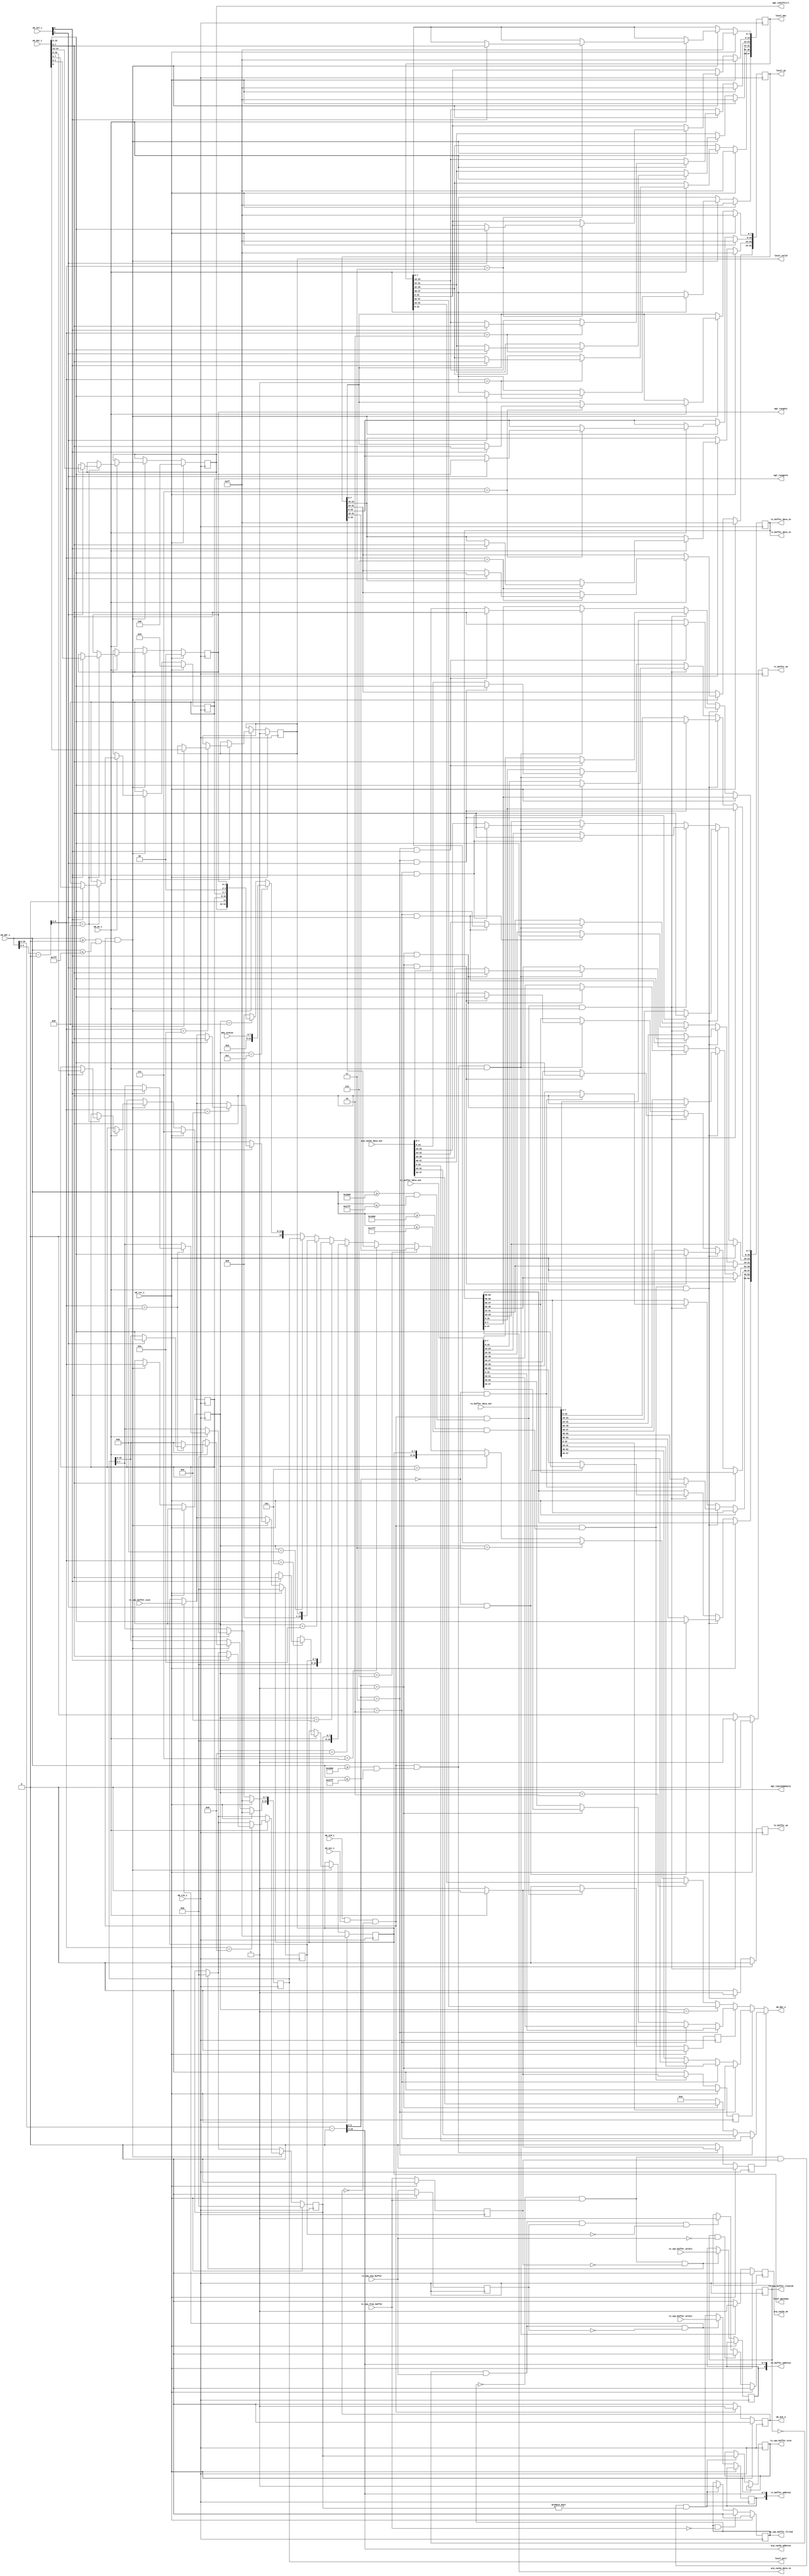
`define TGE_REGISTERS_OFFSET   32'h0
`define TGE_REGISTERS_HIGH     32'h7FF
`define TGE_TX_BUFFER_OFFSET   32'h1000
`define TGE_TX_BUFFER_HIGH     32'h17FF
`define TGE_RX_BUFFER_OFFSET   32'h2000
`define TGE_RX_BUFFER_HIGH     32'h27FF
`define TGE_ARP_CACHE_OFFSET   32'h3000
`define TGE_ARP_CACHE_HIGH     32'h37FF

/* the first MAC half word is unused for compatibility */
`define TGE_REG_LOCAL_MAC_2    4'd1
`define TGE_REG_LOCAL_MAC_1    4'd2
`define TGE_REG_LOCAL_MAC_0    4'd3
/* the first GATEWAY half word is unused for compatibility */
`define TGE_REG_LOCAL_GATEWAY  4'd5
`define TGE_REG_LOCAL_IPADDR_1 4'd6
`define TGE_REG_LOCAL_IPADDR_0 4'd7
`define TGE_REG_CPU_TXSIZE     4'd8
`define TGE_REG_CPU_RXSIZE     4'd9
`define TGE_REG_LOCAL_VALID    4'd10
`define TGE_REG_LOCAL_UDP_PORT 4'd11
`define TGE_REG_XAUI_STATUS    4'd12
`define TGE_REG_MGT_CONFIG     4'd13

module wb_attach(
    wb_clk_i, wb_rst_i,
    wb_cyc_i, wb_stb_i, wb_we_i, wb_sel_i,
    wb_adr_i, wb_dat_i, wb_dat_o,
    wb_ack_o,
    //local configurtaion bits
    local_mac, local_ip, local_gateway, local_port, local_valid,
    //xaui status
    phy_status,
    //mgt config
    mgt_rxeqmix, mgt_rxeqpole, mgt_txpreemphasis, mgt_txdiffctrl,
    //tx_buffer bits
    tx_buffer_data_in, tx_buffer_address, tx_buffer_we, tx_buffer_data_out,
    tx_cpu_buffer_size, tx_cpu_free_buffer, tx_cpu_buffer_filled, tx_cpu_buffer_select,
    //rx_buffer bits
    rx_buffer_data_in, rx_buffer_address, rx_buffer_we, rx_buffer_data_out, 
    rx_cpu_buffer_size, rx_cpu_new_buffer, rx_cpu_buffer_cleared, rx_cpu_buffer_select,
    //ARP Cache
    arp_cache_data_in, arp_cache_address, arp_cache_we, arp_cache_data_out
  );
  parameter DEFAULT_FABRIC_MAC     = 48'hffff_ffff_ffff;
  parameter DEFAULT_FABRIC_IP      = {8'd255, 8'd255, 8'd255, 8'd255};
  parameter DEFAULT_FABRIC_GATEWAY = 8'hff;
  parameter DEFAULT_FABRIC_PORT    = 16'hffff;
  parameter FABRIC_RUN_ON_STARTUP  = 1;

  input  wb_clk_i, wb_rst_i;
  input  wb_cyc_i, wb_stb_i, wb_we_i;
  input   [1:0] wb_sel_i;
  input  [31:0] wb_adr_i;
  input  [15:0] wb_dat_i;
  output [15:0] wb_dat_o;
  output wb_ack_o;
  //local configurtaion bits
  output [47:0] local_mac;
  output [31:0] local_ip;
  output  [7:0] local_gateway;
  output [15:0] local_port;
  output local_valid;
  //tx_buffer bits
  output [63:0] tx_buffer_data_in;
  output  [8:0] tx_buffer_address;
  output tx_buffer_we;
  input  [63:0] tx_buffer_data_out;
  output  [7:0] tx_cpu_buffer_size;
  input  tx_cpu_free_buffer;
  output tx_cpu_buffer_filled;
  input  tx_cpu_buffer_select;
  //rx_buffer bits
  output [63:0] rx_buffer_data_in;
  output  [8:0] rx_buffer_address;
  output rx_buffer_we;
  input  [63:0] rx_buffer_data_out;
  input   [7:0] rx_cpu_buffer_size;
  input  rx_cpu_new_buffer;
  output rx_cpu_buffer_cleared;
  input  rx_cpu_buffer_select;
  //ARP Cache
  output [47:0] arp_cache_data_in;
  output  [7:0] arp_cache_address;
  output arp_cache_we;
  input  [47:0] arp_cache_data_out;
  //xaui status
  input   [7:0] phy_status;
    //mgt config
  output  [1:0] mgt_rxeqmix;
  output  [3:0] mgt_rxeqpole;
  output  [2:0] mgt_txpreemphasis;
  output  [2:0] mgt_txdiffctrl;

  /* Registers */
  /* Wishbone registers */
  reg wb_ack_o;
  reg [3:0] wb_dat_o_src;

  /* register accessed via the WB i/f */
  reg [47:0] local_mac;
  reg [31:0] local_ip;
  reg  [7:0] local_gateway;
  reg [15:0] local_port;
  reg local_valid;
  reg  [1:0] mgt_rxeqmix;
  reg  [3:0] mgt_rxeqpole;
  reg  [2:0] mgt_txpreemphasis;
  reg  [2:0] mgt_txdiffctrl;

  /* register relating to tx and rx buffers */
  reg rx_cpu_buffer_cleared, rx_cpu_buffer_select_int;
  reg tx_cpu_buffer_filled, tx_cpu_buffer_select_int;
  reg [7:0] tx_size;
  reg [7:0] rx_size;
  reg [7:0] tx_cpu_buffer_size;
  reg tx_cpu_free_buffer_R, rx_cpu_new_buffer_R;

  /* select which output source to use for wishbone */
  reg use_arp_data, use_tx_data, use_rx_data;

  wire wb_trans = wb_stb_i & wb_cyc_i & ~wb_ack_o;

  /* Decode + translate input addresses */
  wire arp_cache_selected = wb_trans && (wb_adr_i >= (`TGE_ARP_CACHE_OFFSET) && wb_adr_i <= (`TGE_ARP_CACHE_HIGH)); 
  wire rx_buffer_selected = wb_trans && (wb_adr_i >= (`TGE_RX_BUFFER_OFFSET) && wb_adr_i <= (`TGE_RX_BUFFER_HIGH)); 
  wire tx_buffer_selected = wb_trans && (wb_adr_i >= (`TGE_TX_BUFFER_OFFSET) && wb_adr_i <= (`TGE_TX_BUFFER_HIGH)); 
  wire registers_selected = wb_trans && (wb_adr_i >= (`TGE_REGISTERS_OFFSET) && wb_adr_i <= (`TGE_REGISTERS_HIGH)); 

  wire [31:0] arp_cache_addr = wb_adr_i - (`TGE_ARP_CACHE_OFFSET);
  wire [31:0] rx_buffer_addr = wb_adr_i - (`TGE_RX_BUFFER_OFFSET);
  wire [31:0] tx_buffer_addr = wb_adr_i - (`TGE_TX_BUFFER_OFFSET);
  wire [31:0] registers_addr = wb_adr_i - (`TGE_REGISTERS_OFFSET);


  always @(posedge wb_clk_i) begin
    //strobes
    wb_ack_o <= 1'b0;
    use_arp_data <= 1'b0;
    use_tx_data  <= 1'b0;
    use_rx_data  <= 1'b0;

    if (wb_rst_i) begin
      tx_size <= 8'b0;
      rx_size <= 8'b0;
      rx_cpu_buffer_cleared <= 1'b0;
      tx_cpu_buffer_filled  <= 1'b0;
      tx_cpu_free_buffer_R <= 1'b0;
      rx_cpu_new_buffer_R  <= 1'b0;

      local_mac      <= DEFAULT_FABRIC_MAC;
      local_ip       <= DEFAULT_FABRIC_IP;
      local_gateway  <= DEFAULT_FABRIC_GATEWAY;
      local_port     <= DEFAULT_FABRIC_PORT;
      local_valid    <= FABRIC_RUN_ON_STARTUP;

      /* Sensible defaults for mgt config */
      mgt_rxeqmix        <= 2'b0;
      mgt_rxeqpole       <= 4'b0;
      mgt_txpreemphasis  <= 3'b111;
      mgt_txdiffctrl     <= 3'b100;
    end else begin
      tx_cpu_free_buffer_R <= tx_cpu_free_buffer;
      rx_cpu_new_buffer_R  <= rx_cpu_new_buffer;

      if (wb_trans)
        wb_ack_o<=1'b1;

      // RX Buffer control handshake
      if (!rx_cpu_buffer_cleared  && rx_cpu_new_buffer && !rx_cpu_new_buffer_R) begin
        rx_size <= rx_cpu_buffer_size;
        rx_cpu_buffer_select_int <= rx_cpu_buffer_select;
      end
      if (!rx_cpu_buffer_cleared && rx_cpu_new_buffer && rx_cpu_new_buffer_R && rx_size == 8'h00) begin
        rx_cpu_buffer_cleared <= 1'b1;
      end
      if (rx_cpu_buffer_cleared && !rx_cpu_new_buffer) begin
        rx_cpu_buffer_cleared <= 1'b0;
      end

      // TX Buffer control handshake
      if (!tx_cpu_buffer_filled && tx_cpu_free_buffer && !tx_cpu_free_buffer_R) begin
        tx_size <= 8'h00;
        tx_cpu_buffer_select_int <= tx_cpu_buffer_select;
      end
      if (!tx_cpu_buffer_filled && tx_cpu_free_buffer && tx_cpu_free_buffer_R && tx_size != 8'h0) begin
        tx_cpu_buffer_filled <= 1'b1;
        tx_cpu_buffer_size <= tx_size;
      end
      if (tx_cpu_buffer_filled && !tx_cpu_free_buffer) begin
        tx_cpu_buffer_filled <= 1'b0;
      end

  /* most of the work is done in the next always block in coverting 16 bit to 64 bit buffer
   * transactions */
      // ARP Cache
      if (arp_cache_selected) begin 
        if (wb_we_i) begin
        end else begin
          use_arp_data <= 1'b1;
        end
      end

      // RX Buffer 
      if (rx_buffer_selected) begin
        if (wb_we_i) begin
        end else begin
          use_rx_data <= 1'b1;
        end
      end

      // TX Buffer 
      if (tx_buffer_selected) begin
        if (wb_we_i) begin
        end else begin
          use_tx_data <= 1'b1;
        end
      end

      // registers
      if (registers_selected) begin
        wb_dat_o_src <= registers_addr[4:1];
        if (wb_we_i) begin
          case (registers_addr[4:1])
            `TGE_REG_LOCAL_MAC_2: begin
              if (wb_sel_i[0])
                local_mac[39:32] <= wb_dat_i[7:0];
              if (wb_sel_i[1])
                local_mac[47:40] <= wb_dat_i[15:8];
            end
            `TGE_REG_LOCAL_MAC_1: begin
              if (wb_sel_i[0])
                local_mac[23:16] <= wb_dat_i[7:0];
              if (wb_sel_i[1])
                local_mac[31:24] <= wb_dat_i[15:8];
            end
            `TGE_REG_LOCAL_MAC_0: begin
              if (wb_sel_i[0])
                local_mac[7:0]   <= wb_dat_i[7:0];
              if (wb_sel_i[1])
                local_mac[15:8]  <= wb_dat_i[15:8];
            end
            `TGE_REG_LOCAL_GATEWAY: begin
              if (wb_sel_i[0])
                local_gateway[7:0] <= wb_dat_i[7:0];
            end
            `TGE_REG_LOCAL_IPADDR_1: begin
              if (wb_sel_i[0])
                local_ip[23:16] <= wb_dat_i[7:0];
              if (wb_sel_i[1])
                local_ip[31:24] <= wb_dat_i[15:8];
            end
            `TGE_REG_LOCAL_IPADDR_0: begin
              if (wb_sel_i[0])
                local_ip[7:0]   <= wb_dat_i[7:0];
              if (wb_sel_i[1])
                local_ip[15:8]  <= wb_dat_i[15:8];
            end
            `TGE_REG_CPU_TXSIZE: begin
              if (wb_sel_i[0])
                tx_size <= wb_dat_i[7:0];
            end
            `TGE_REG_CPU_RXSIZE: begin
              if (wb_sel_i[0])
                rx_size <= wb_dat_i[7:0];
            end
            `TGE_REG_LOCAL_VALID: begin
              if (wb_sel_i[0])
                local_valid <= wb_dat_i[0];
            end
            `TGE_REG_LOCAL_UDP_PORT: begin
              if (wb_sel_i[0])
                local_port[7:0]   <= wb_dat_i[7:0];
              if (wb_sel_i[1])
                local_port[15:8]  <= wb_dat_i[15:8];
            end
            `TGE_REG_XAUI_STATUS: begin
            end
            `TGE_REG_MGT_CONFIG: begin
              if (wb_sel_i[0]) begin
                mgt_rxeqmix   <= wb_dat_i[1:0];
                mgt_rxeqpole  <= wb_dat_i[7:4];
              end 
              if (wb_sel_i[1]) begin
                mgt_txpreemphasis  <= wb_dat_i[10:8];
                mgt_txdiffctrl     <= wb_dat_i[14:12];
              end
            end
            default: begin
            end
          endcase
        end
      end
    end
  end

  reg arp_cache_we, rx_buffer_we, tx_buffer_we;

  reg [63:0] write_data; //write data for all three buffers

  always @(posedge wb_clk_i) begin
    //strobes
    arp_cache_we <= 1'b0;
    rx_buffer_we <= 1'b0;
    tx_buffer_we <= 1'b0;
    if (wb_rst_i) begin
    end else begin
      //populate write_data according to wishbone transaction info & contents
      //of memory
      if (arp_cache_selected & wb_we_i) begin
        arp_cache_we <= 1'b1;

        write_data[7:0]   <= arp_cache_addr[2:1] == 2'b11 & wb_sel_i[0] ? wb_dat_i[7:0]  : arp_cache_data_out[7:0]; 
        write_data[15:8]  <= arp_cache_addr[2:1] == 2'b11 & wb_sel_i[1] ? wb_dat_i[15:8] : arp_cache_data_out[15:8]; 
        write_data[23:16] <= arp_cache_addr[2:1] == 2'b10 & wb_sel_i[0] ? wb_dat_i[7:0]  : arp_cache_data_out[23:16]; 
        write_data[31:24] <= arp_cache_addr[2:1] == 2'b10 & wb_sel_i[1] ? wb_dat_i[15:8] : arp_cache_data_out[31:24]; 
        write_data[39:32] <= arp_cache_addr[2:1] == 2'b01 & wb_sel_i[0] ? wb_dat_i[7:0]  : arp_cache_data_out[39:32]; 
        write_data[47:40] <= arp_cache_addr[2:1] == 2'b01 & wb_sel_i[1] ? wb_dat_i[15:8] : arp_cache_data_out[47:40]; 
      end
      if (rx_buffer_selected & wb_we_i) begin
        rx_buffer_we <= 1'b1;

        write_data[7:0]   <= rx_buffer_addr[2:1] == 2'b11 & wb_sel_i[0] ? wb_dat_i[7:0]  : rx_buffer_data_out[7:0]; 
        write_data[15:8]  <= rx_buffer_addr[2:1] == 2'b11 & wb_sel_i[1] ? wb_dat_i[15:8] : rx_buffer_data_out[15:8]; 
        write_data[23:16] <= rx_buffer_addr[2:1] == 2'b10 & wb_sel_i[0] ? wb_dat_i[7:0]  : rx_buffer_data_out[23:16]; 
        write_data[31:24] <= rx_buffer_addr[2:1] == 2'b10 & wb_sel_i[1] ? wb_dat_i[15:8] : rx_buffer_data_out[31:24]; 
        write_data[39:32] <= rx_buffer_addr[2:1] == 2'b01 & wb_sel_i[0] ? wb_dat_i[7:0]  : rx_buffer_data_out[39:32]; 
        write_data[47:40] <= rx_buffer_addr[2:1] == 2'b01 & wb_sel_i[1] ? wb_dat_i[15:8] : rx_buffer_data_out[47:40]; 
        write_data[55:48] <= rx_buffer_addr[2:1] == 2'b00 & wb_sel_i[0] ? wb_dat_i[7:0]  : rx_buffer_data_out[55:48]; 
        write_data[63:56] <= rx_buffer_addr[2:1] == 2'b00 & wb_sel_i[1] ? wb_dat_i[15:8] : rx_buffer_data_out[63:56]; 
      end
      if (tx_buffer_selected & wb_we_i) begin
        tx_buffer_we <= 1'b1;

        write_data[7:0]   <= tx_buffer_addr[2:1] == 2'b11 & wb_sel_i[0] ? wb_dat_i[7:0]  : tx_buffer_data_out[7:0]; 
        write_data[15:8]  <= tx_buffer_addr[2:1] == 2'b11 & wb_sel_i[1] ? wb_dat_i[15:8] : tx_buffer_data_out[15:8]; 
        write_data[23:16] <= tx_buffer_addr[2:1] == 2'b10 & wb_sel_i[0] ? wb_dat_i[7:0]  : tx_buffer_data_out[23:16]; 
        write_data[31:24] <= tx_buffer_addr[2:1] == 2'b10 & wb_sel_i[1] ? wb_dat_i[15:8] : tx_buffer_data_out[31:24]; 
        write_data[39:32] <= tx_buffer_addr[2:1] == 2'b01 & wb_sel_i[0] ? wb_dat_i[7:0]  : tx_buffer_data_out[39:32]; 
        write_data[47:40] <= tx_buffer_addr[2:1] == 2'b01 & wb_sel_i[1] ? wb_dat_i[15:8] : tx_buffer_data_out[47:40]; 
        write_data[55:48] <= tx_buffer_addr[2:1] == 2'b00 & wb_sel_i[0] ? wb_dat_i[7:0]  : tx_buffer_data_out[55:48]; 
        write_data[63:56] <= tx_buffer_addr[2:1] == 2'b00 & wb_sel_i[1] ? wb_dat_i[15:8] : tx_buffer_data_out[63:56]; 
      end
    end
  end

  assign arp_cache_address = arp_cache_addr[10:3];

  assign rx_buffer_address = {rx_cpu_buffer_select_int, rx_buffer_addr[10:3]};
  assign tx_buffer_address = {tx_cpu_buffer_select_int, tx_buffer_addr[10:3]};

  assign arp_cache_data_in = write_data[47:0];
  assign rx_buffer_data_in = write_data;
  assign tx_buffer_data_in = write_data;

// select what data to put on the bus

  wire [15:0] arp_data_int = arp_cache_addr[2:1] == 2'b11 ? arp_cache_data_out[15:0]  :
                             arp_cache_addr[2:1] == 2'b10 ? arp_cache_data_out[31:16] :
                             arp_cache_addr[2:1] == 2'b01 ? arp_cache_data_out[47:32] :
                                                            16'b0;

  wire [15:0] tx_data_int = tx_buffer_addr[2:1] == 2'b11 ? tx_buffer_data_out[15:0]  :
                            tx_buffer_addr[2:1] == 2'b10 ? tx_buffer_data_out[31:16] :
                            tx_buffer_addr[2:1] == 2'b01 ? tx_buffer_data_out[47:32] :
                                                           tx_buffer_data_out[63:48];

  wire [15:0] rx_data_int = rx_buffer_addr[2:1] == 2'b11 ? rx_buffer_data_out[15:0]  :
                            rx_buffer_addr[2:1] == 2'b10 ? rx_buffer_data_out[31:16] :
                            rx_buffer_addr[2:1] == 2'b01 ? rx_buffer_data_out[47:32] :
                                                           rx_buffer_data_out[63:48];

  wire [15:0] wb_data_int = wb_dat_o_src == `TGE_REG_LOCAL_MAC_2    ? local_mac[47:32]      :
                            wb_dat_o_src == `TGE_REG_LOCAL_MAC_1    ? local_mac[31:16]      :
                            wb_dat_o_src == `TGE_REG_LOCAL_MAC_0    ? local_mac[15:0]       :
                            wb_dat_o_src == `TGE_REG_LOCAL_GATEWAY  ? {8'b0, local_gateway} :
                            wb_dat_o_src == `TGE_REG_LOCAL_IPADDR_1 ? local_ip[31:16]       :
                            wb_dat_o_src == `TGE_REG_LOCAL_IPADDR_0 ? local_ip[15:0]        :
                            wb_dat_o_src == `TGE_REG_CPU_TXSIZE     ? {8'b0, tx_size}       :
                            wb_dat_o_src == `TGE_REG_CPU_RXSIZE     ? {8'b0, rx_size}       :
                            wb_dat_o_src == `TGE_REG_LOCAL_VALID    ? {15'b0, local_valid}  :
                            wb_dat_o_src == `TGE_REG_LOCAL_UDP_PORT ? local_port            :
                            wb_dat_o_src == `TGE_REG_XAUI_STATUS    ? {8'b0, phy_status}    :
                            wb_dat_o_src == `TGE_REG_MGT_CONFIG     ? {1'b0, mgt_txdiffctrl, 1'b0, mgt_txpreemphasis,
                                                                               mgt_rxeqpole, 2'b0, mgt_rxeqmix}    :
                                                                      16'b0;

  assign wb_dat_o = use_arp_data ? arp_data_int :
                    use_tx_data  ? tx_data_int  :
                    use_rx_data  ? rx_data_int  :
                                   wb_data_int;

endmodule